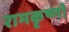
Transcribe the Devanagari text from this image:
रामकृष्णो